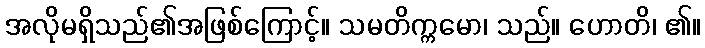
အလိုမရှိသည်၏အဖြစ်ကြောင့်။ သမတိက္ကမော၊ သည်။ ဟောတိ၊ ၏။